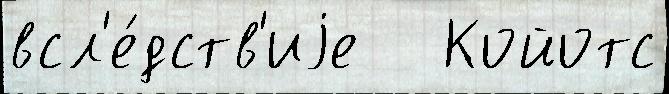
всл'е́дств'иjе   Койотс